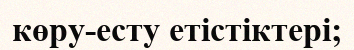
көру-есту етістіктері;